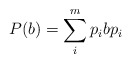
\begin{align*} P(b) = \sum_i^m p_i b p_i\end{align*}